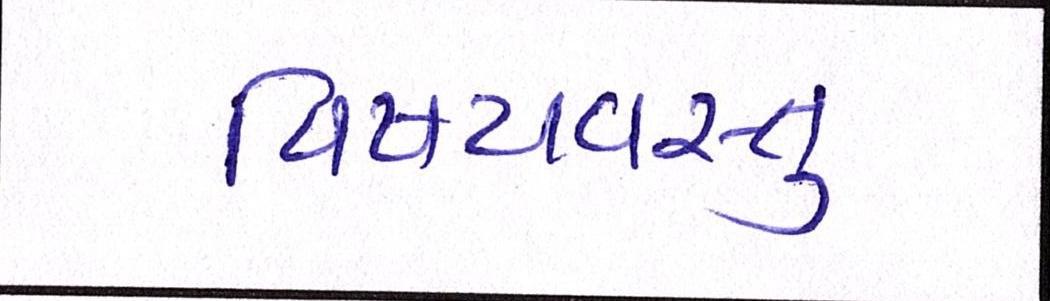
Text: વિષયવસ્તુ